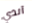
آندي